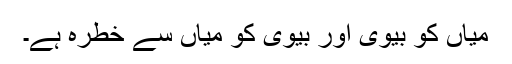
میاں کو بیوی اور بیوی کو میاں سے خطرہ ہے۔